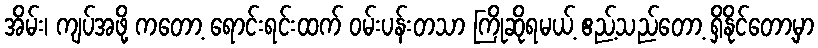
အိမ်း၊ ကျပ်အဖို့ ကတော့ ရောင်းရင်းထက် ဝမ်းပန်းတသာ ကြိုဆိုရမယ့် ဧည့်သည်တော့ ရှိနိုင်တော့မှာ